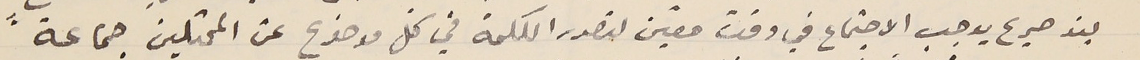
بنذ صريح يوجب الاجتماع في وقت معين لتصدر الكلمة في كلّ موضوع عن الممثلين جماعةً